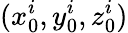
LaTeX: (x_{0}^{i},y_{0}^{i},z_{0}^{i})